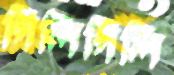
গিলিগিলি